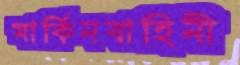
মার্কিনবাহিনী